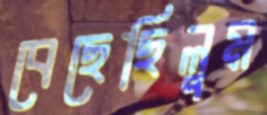
বেছেছিলুম